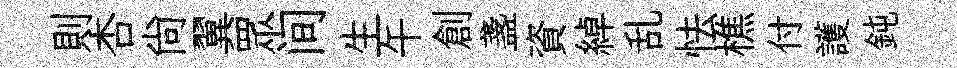
則杏尙翼眾间生午創盞資綽乱怯樵付護鈍